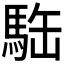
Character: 𩢿